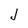
Character: J